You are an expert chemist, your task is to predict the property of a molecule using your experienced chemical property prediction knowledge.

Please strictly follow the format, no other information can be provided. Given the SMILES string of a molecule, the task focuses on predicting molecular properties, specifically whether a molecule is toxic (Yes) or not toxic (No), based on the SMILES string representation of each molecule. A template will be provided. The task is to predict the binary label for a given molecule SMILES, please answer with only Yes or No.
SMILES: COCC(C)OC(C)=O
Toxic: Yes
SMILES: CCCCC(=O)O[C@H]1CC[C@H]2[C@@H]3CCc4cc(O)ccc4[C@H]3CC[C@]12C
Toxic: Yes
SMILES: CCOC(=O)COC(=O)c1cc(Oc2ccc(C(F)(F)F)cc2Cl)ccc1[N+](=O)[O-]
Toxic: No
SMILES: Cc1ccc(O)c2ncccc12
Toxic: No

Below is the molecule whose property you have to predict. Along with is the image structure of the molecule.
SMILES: COc1cc(Br)c(C[N+]2(CCOCCC3CCC4CC3C4(C)C)CCOCC2)cc1OC
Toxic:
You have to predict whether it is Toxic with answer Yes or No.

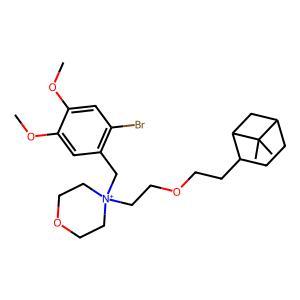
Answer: No